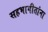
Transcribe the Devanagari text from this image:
सहभागीतांना